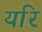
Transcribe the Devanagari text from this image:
यरि